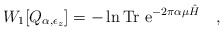
\begin{align*}W_1[Q_{\alpha,\epsilon_z}]=-\ln \mbox{Tr e}^{-2\pi\alpha\mu\hat{H}}~~~,\end{align*}